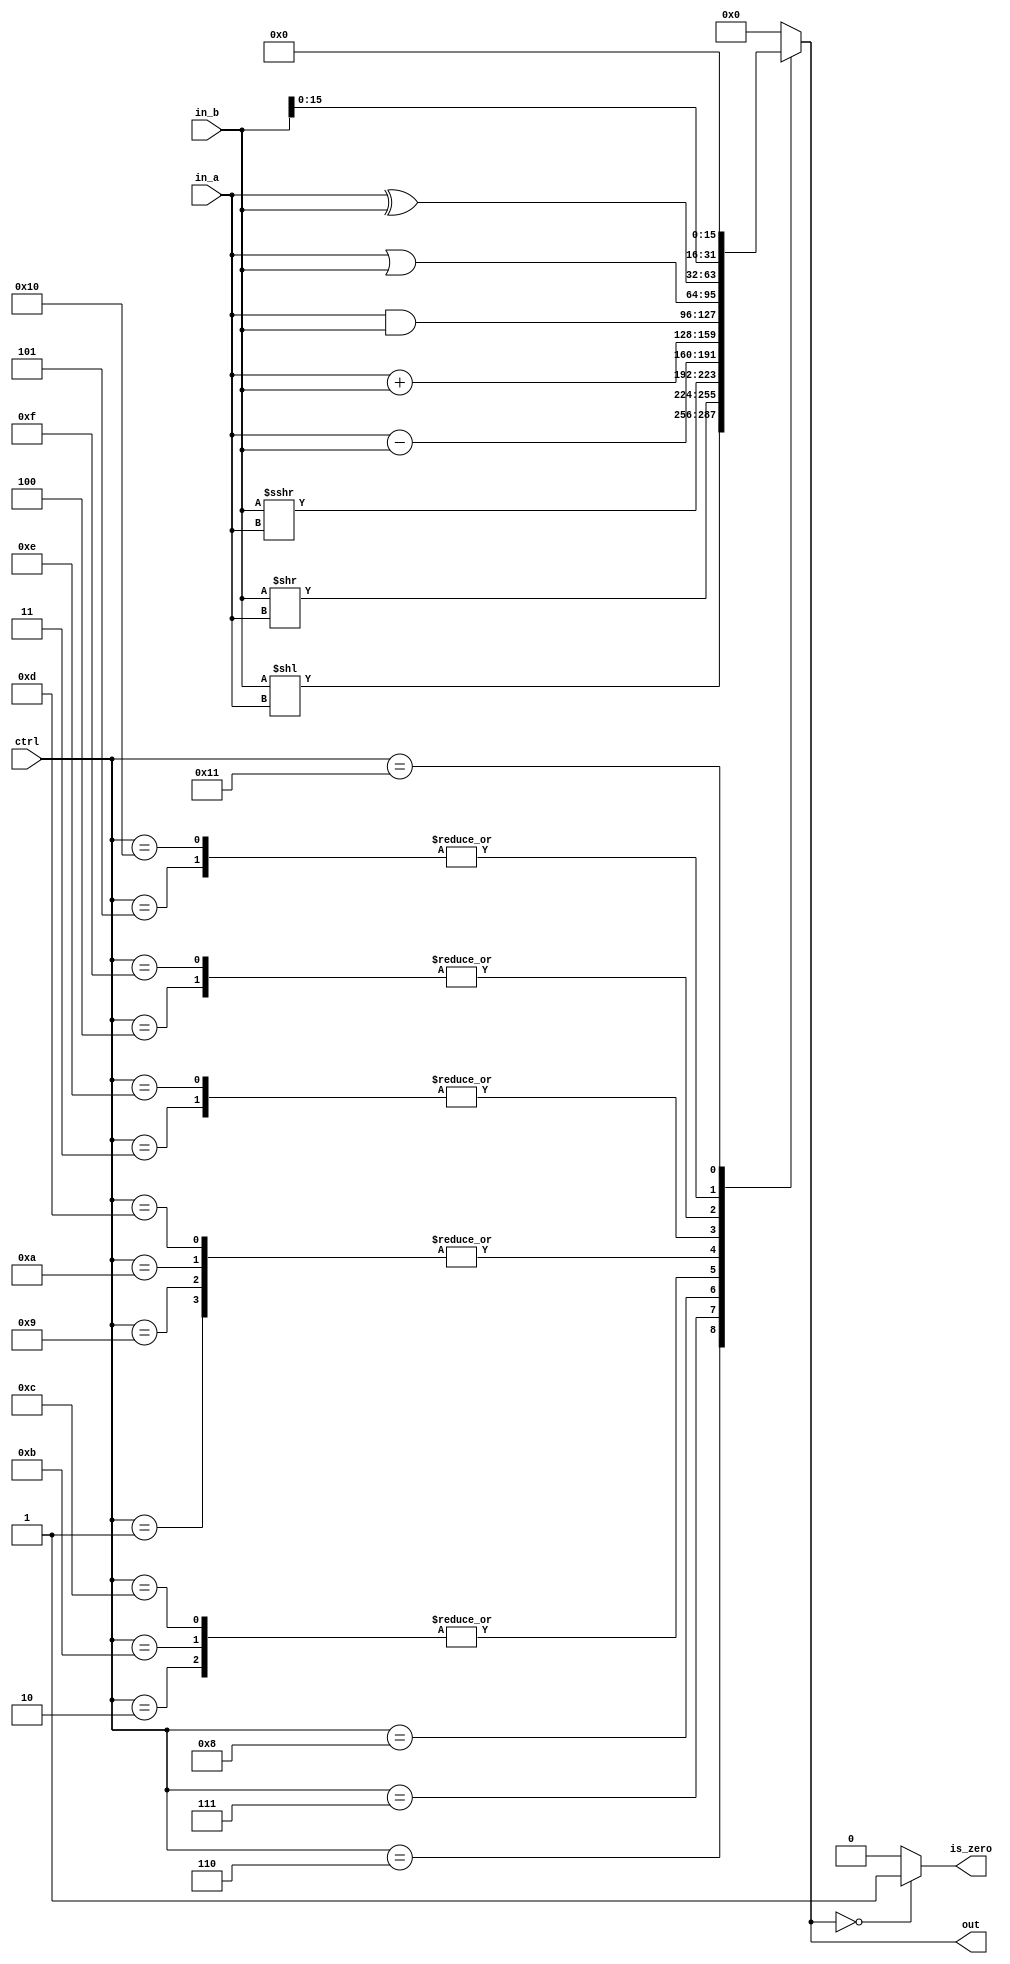
`timescale 1ns/1ps

module alu (input [31:0] in_a, input [31:0] in_b, input [4:0] ctrl,
    output reg [31:0] out, output reg is_zero);

    parameter i_add  = 5'd1;  wire [31:0] d_add  = in_a + in_b;
    parameter i_sub  = 5'd2;  wire [31:0] d_sub  = in_a - in_b;
    parameter i_and  = 5'd3;  wire [31:0] d_and  = in_a & in_b;
    parameter i_or   = 5'd4;  wire [31:0] d_or   = in_a | in_b;
    parameter i_xor  = 5'd5;  wire [31:0] d_xor  = in_a ^ in_b;
    parameter i_sll  = 5'd6;  wire [31:0] d_sll  = in_b << in_a;
    parameter i_srl  = 5'd7;  wire [31:0] d_srl  = in_b >> in_a;
    parameter i_sra  = 5'd8;  wire [31:0] d_sra  = $signed(in_b) >>> in_a;
    parameter i_lw   = 5'd9;  wire [31:0] d_lw   = in_a + in_b;
    parameter i_sw   = 5'd10; wire [31:0] d_sw   = in_a + in_b;
    parameter i_beq  = 5'd11; wire [31:0] d_beq  = in_a - in_b;
    parameter i_bne  = 5'd12; wire [31:0] d_bne  = in_a - in_b;
    parameter i_addi = 5'd13; wire [31:0] d_addi = in_a + in_b;
    parameter i_andi = 5'd14; wire [31:0] d_andi = in_a & in_b;
    parameter i_ori  = 5'd15; wire [31:0] d_ori  = in_a | in_b;
    parameter i_xori = 5'd16; wire [31:0] d_xori = in_a ^ in_b;
    parameter i_lui  = 5'd17; wire [31:0] d_lui  = {in_b[15:0], 16'd0};
    
    always @(*) begin
        case (ctrl)
            i_add:
                out = d_add;
            i_sub:
                out = d_sub;
            i_and:
                out = d_and;
            i_or:
                out = d_or;
            i_xor:
                out = d_xor;
            i_sll:
                out = d_sll;
            i_srl:
                out = d_srl;
            i_sra:
                out = d_sra;
            i_lw:
                out = d_lw;
            i_sw:
                out = d_sw;
            i_beq:
                out = d_beq;
            i_bne:
                out = d_bne;
            i_addi:
                out = d_addi;
            i_andi:
                out = d_andi;
            i_ori:
                out = d_ori;
            i_xori:
                out = d_xori;
            i_lui:
                out = d_lui;
            default:
                out = 32'd0;
        endcase
        
        is_zero = (out == 32'd0) ? 1'b1 : 1'b0;
    end
    
endmodule